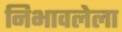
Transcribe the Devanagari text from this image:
निभावलेला